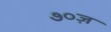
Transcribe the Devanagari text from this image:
७०ज़